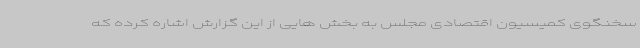
سخنگوی کمیسیون اقتصادی مجلس به بخش هایی از این گزارش اشاره کرده که